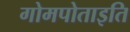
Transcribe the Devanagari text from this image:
गोमपोताइति